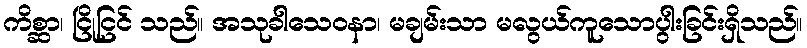
ကိစ္ဆာ၊ ငြိုငြင် သည်။ အသုခါသေဝနာ၊ မချမ်းသာ မလွယ်ကူသောပွါးခြင်းရှိသည်။